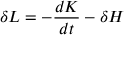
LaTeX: \delta L = - \frac { d K } { d t } - \delta H